Report of the veterinary officer investigating camel disease
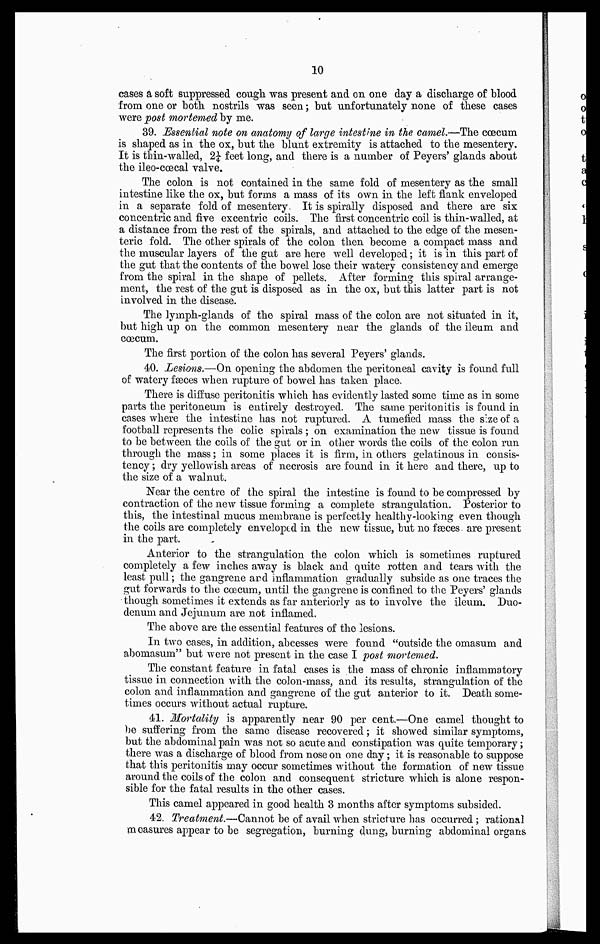
10
cases a soft suppressed cough was present and on one day a discharge of blood
from one or both nostrils was seen ; but unfortunately none of these cases
were post mortemed by me.
39. Essential note on anatomy of large intestine in the camel.—The cœcum
is shaped as in the ox, but the blunt extremity is attached to the mesentery.
It is thin-walled, 2¼ feet long, and there is a number of Peyers' glands about
the ileo-cœcal valve.
The colon is not contained in the same fold of mesentery as the small
intestine like the ox, but forms a mass of its own in the left flank enveloped
in a separate fold of mesentery. It is spirally disposed and there are six
concentric and five excentric coils. The first concentric coil is thin-walled, at
a distance from the rest of the spirals, and attached to the edge of the mesen-
teric fold. The other spirals of the colon then become a compact mass and
the muscular layers of the gut are here well developed ; it is in this part of
the gut that the contents of the bowel lose their watery consistency and emerge
from the spiral in the shape of pellets. After forming this spiral arrange-
ment, the rest of the gut is disposed as in the ox, but this latter part is not
involved in the disease.
The lymph-glands of the spiral mass of the colon are not situated in it,
but high up on the common mesentery near the glands of the ileum and
cœcum.
The first portion of the colon has several Peyers' glands.
40. Lesions.—On opening the abdomen the peritoneal cavity is found full
of watery faeces when rupture of bowel has taken place.
There is diffuse peritonitis which has evidently lasted some time as in some
parts the peritoneum is entirely destroyed. The same peritonitis is found in
cases where the intestine has not ruptured. A tumefied mass the size of a
football represents the colic spirals ; on examination the new tissue is found
to be between the coils of the gut or in other words the coils of the colon run
through the mass ; in some places it is firm, in others gelatinous in consis-
tency ; dry yellowish areas of necrosis are found in it here and there, up to
the size of a walnut.
Near the centre of the spiral the intestine is found to be compressed by
contraction of the new tissue forming a complete strangulation. Posterior to
this, the intestinal mucus membrane is perfectly healthy-looking even though
the coils are completely enveloped in the new tissue, but no fæces are present
in the part.
Anterior to the strangulation the colon which is sometimes ruptured
completely a few inches away is black and quite rotten and tears with the
least pull ; the gangrene and inflammation gradually subside as one traces the
gut forwards to the cœcum, until the gangrene is confined to the Peyers' glands
though sometimes it extends as far anteriorly as to involve the ileum. Duo-
denum and Jejunum are not inflamed.
The above are the essential features of the lesions.
In two cases, in addition, abcesses were found "outside the omasum and
abomasum" but were not present in the case I post mortemed.
The constant feature in fatal cases is the mass of chronic inflammatory
tissue in connection with the colon-mass, and its results, strangulation of the
colon and inflammation and gangrene of the gut anterior to it. Death some-
times occurs without actual rupture.
41. Mortality is apparently near 90 per cent.—One camel thought to
be suffering from the same disease recovered ; it showed similar symptoms,
but the abdominal pain was not so acute and constipation was quite temporary ;
there was a discharge of blood from nose on one day ; it is reasonable to suppose
that this peritonitis may occur sometimes without the formation of new tissue
around the coils of the colon and consequent stricture which is alone respon-
sible for the fatal results in the other cases.
This camel appeared in good health 3 months after symptoms subsided.
42. Treatment.—Cannot be of avail when stricture has occurred ; rational
measures appear to be segregation, burning dung, burning abdominal organs